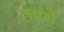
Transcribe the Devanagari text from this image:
उपखंडो